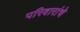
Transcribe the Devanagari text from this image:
परिवारांचे